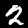
Digit: 2